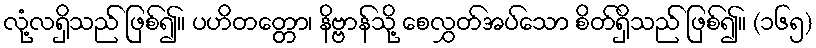
လုံ့လရှိသည် ဖြစ်၍။ ပဟိတတ္တော၊ နိဗ္ဗာန်သို့ စေလွှတ်အပ်သော စိတ်ရှိသည် ဖြစ်၍။ (၁၆၅)